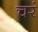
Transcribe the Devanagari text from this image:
चरं